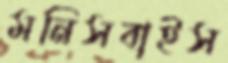
মনিসবাইস